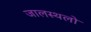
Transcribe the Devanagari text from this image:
जालस्थलो